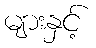
များနှင့်